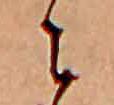
に